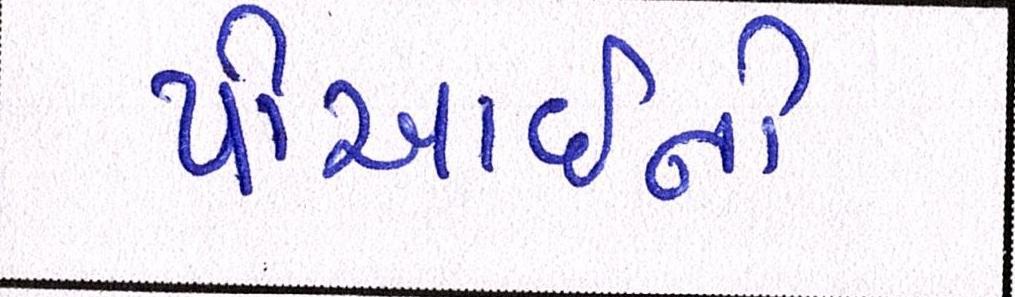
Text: પીઆઈની